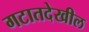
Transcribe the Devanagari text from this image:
गटातदेखील